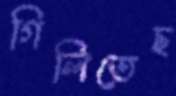
গিলিতেছ